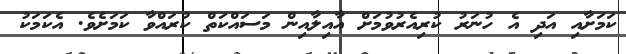
ކަމަށާއި އަދި އެ ހުނަރު ކުރިއެރުވުމަށް އާއިލާއިން މަސައްކަތް ކުރައްވާ ކަމަށެވެ. އެކަމަކު